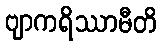
ဗျာကရိဿာမီတိ